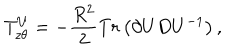
T _ { z \theta } ^ { U } = - \frac { R ^ { 2 } } { 2 } T r \left( \partial U D U ^ { - 1 } \right) ,